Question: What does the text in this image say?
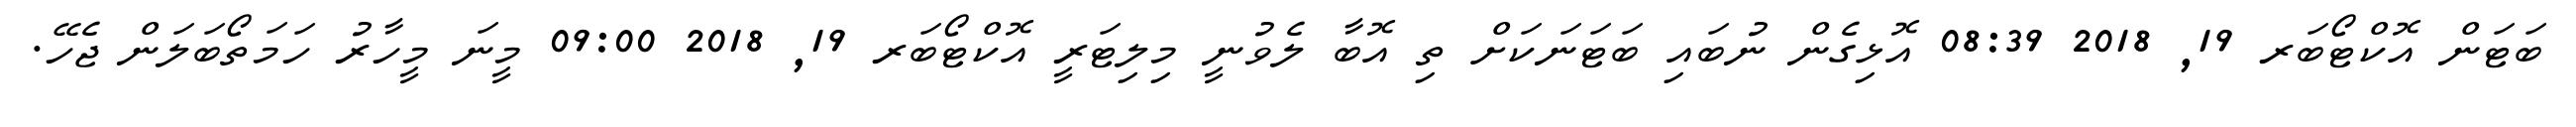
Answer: ބަޓަން އޮކްޓޯބަރ 19, 2018 08:39 އޮޅިގެން ނުބައި ބަޓަނަކަށް ތި އޮބާ ލެވުނީ މިލިޓަރީ އޮކްޓޯބަރ 19, 2018 09:00 މީނަ މީހާރު ހަމަތޯބަލަން ޖެހޭ.